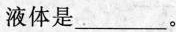
液体是___。